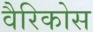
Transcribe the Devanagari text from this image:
वैरिकोस